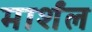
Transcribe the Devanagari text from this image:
मार्शंल